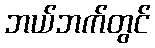
ဘယ်ဘက်တွင်